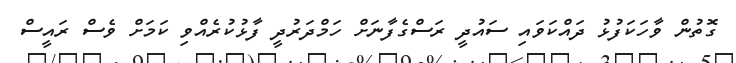
ގޮތުން ވާހަކަފުޅު ދައްކަވައި ސައުދީ ރަސްގެފާނަށް ހަމްދަރުދީ ފާޅުކުރެއްވި ކަމަށް ވެސް ރައީސް